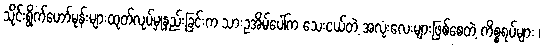
သိုင်းရွိုက်ဟော်မုန်းများထုတ်လုပ်မှုနည်းခြင်းက သားဥအိမ်ပေါ်က သေးငယ်တဲ့ အလုံးလေးများဖြစ်စေတဲ့ ကိစ္စရပ်များ ၊